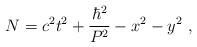
LaTeX: \begin{align*}N = c^2t^2 + \frac{\hbar^2}{P^2} - x^2 - y^2 ~,\end{align*}